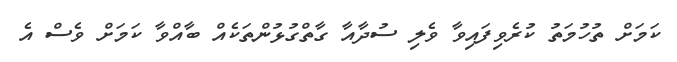
ކަމަށް ތުހުމަތު ކުރެވިފައިވާ ވެލި ސުދާއާ ގާތްގުޅުންތަކެއް ބާއްވާ ކަމަށް ވެސް އެ